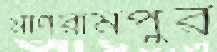
মণিরামপুর